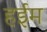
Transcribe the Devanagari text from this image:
हईम